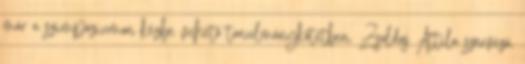
már a szimpóziumon kézbe vehető tanulmánykötetben. Zsoldos Attila szervező,